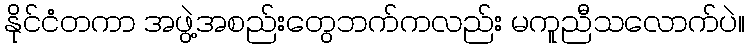
နိုင်ငံတကာ အဖွဲ့အစည်းတွေဘက်ကလည်း မကူညီသလောက်ပဲ။